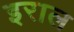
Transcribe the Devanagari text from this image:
इराल